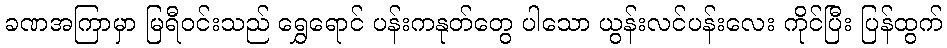
ခဏအကြာမှာ မြရီဝင်းသည် ရွှေရောင် ပန်းကနုတ်တွေ ပါသော ယွန်းလင်ပန်းလေး ကိုင်ပြီး ပြန်ထွက်